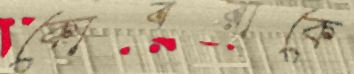
কোবরাকে